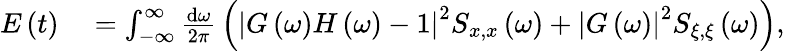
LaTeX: \begin{array}{rl}{E\left(t\right)}&{{}=\int_{-\infty}^{\infty}\frac{\mathrm{d}\omega}{2\pi}\, \left(\left|G\left(\omega\right)H\left(\omega\right)-1\right|^{2}S_{x,x}\left(\omega\right)+\left|G\left(\omega\right)\right|^{2}S_{\xi,\xi}\left(\omega\right)\right),}\end{array}